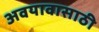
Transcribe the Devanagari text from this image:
अवयावासाठी